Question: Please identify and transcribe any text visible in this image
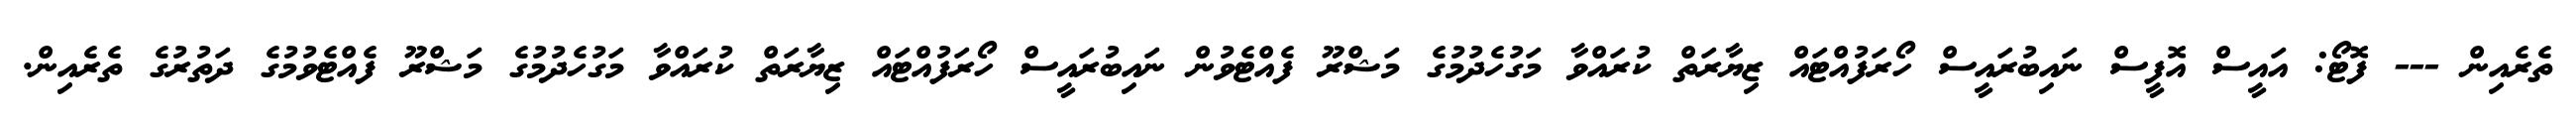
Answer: ތެރެއިން --- ފޮޓޯ: އައީސް އޮފީސް ނައިބުރައީސް ހޯރަފުއްޓައް ޒިޔާރަތް ކުރައްވާ މަގުހެދުމުގެ މަޝްރޫ ފެއްޓެވުން ނައިބުރައީސް ހޯރަފުއްޓައް ޒިޔާރަތް ކުރައްވާ މަގުހެދުމުގެ މަޝްރޫ ފެއްޓެވުމުގެ ދަތުރުގެ ތެރެއިން.